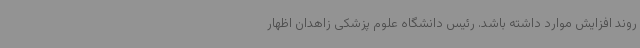
روند افزایش موارد داشته باشد. رئیس دانشگاه علوم پزشکی زاهدان اظهار